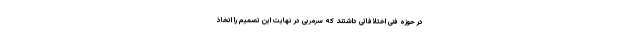
در حوزه فنی اختلافاتی داشتند که سرمربی در نهایت این تصمیم را اتخاذ